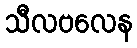
သီလဗလေန